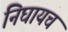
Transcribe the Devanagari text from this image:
निघायचं